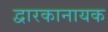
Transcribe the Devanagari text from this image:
द्वारकानायक